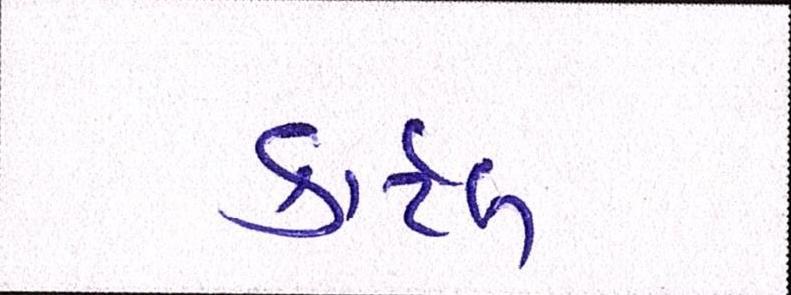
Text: કાર્ટેલ